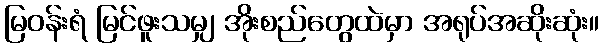
မြဝန်းရံ မြင်ဖူးသမျှ အိုးစည်တွေထဲမှာ အရုပ်အဆိုးဆုံး။